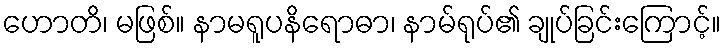
ဟောတိ၊ မဖြစ်။ နာမရူပနိရောဓာ၊ နာမ်ရုပ်၏ ချုပ်ခြင်းကြောင့်။